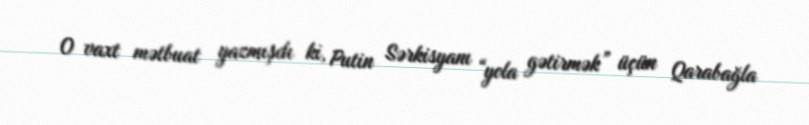
O vaxt mətbuat yazmışdı ki, Putin Sərkisyanı “yola gətirmək” üçün Qarabağla